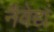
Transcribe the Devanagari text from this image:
नैवेद्यं